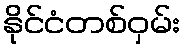
နိုင်ငံတစ်ဝှမ်း